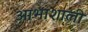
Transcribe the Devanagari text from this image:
आभाशाली